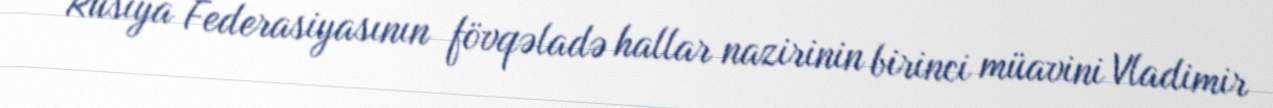
Rusiya Federasiyasının fövqəladə hallar nazirinin birinci müavini Vladimir